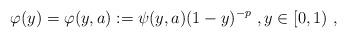
LaTeX: \begin{align*}\varphi(y) = \varphi(y,a) := \psi(y,a) (1-y)^{-p}\ , y\in [0,1)\ , \end{align*}